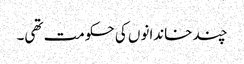
چند خاندانوں کی حکومت تھی۔